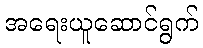
အရေးယူဆောင်ရွက်